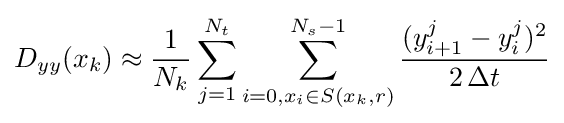
D_{yy}(x_{k})\approx {\frac {1}{N_{k}}}\sum _{j=1}^{N_{t}}\sum _{i=0,x_{i}\in S(x_{k},r)}^{N_{s}-1}{\frac {(y_{i+1}^{j}-y_{i}^{j})^{2}}{2\,\Delta t}}